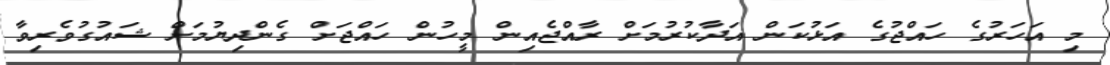
މި އަހަރުގެ ހައްޖުގެ އަޅުކަން އަދާކުރުމަށް ރާއްޖެއިން މީހުން ހައްޖަށް ގެންދިޔުމަށް ޝައުގުވެރިވާ